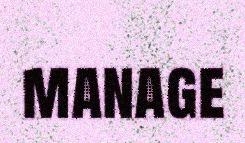
manage